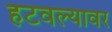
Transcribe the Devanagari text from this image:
हटवल्यावर